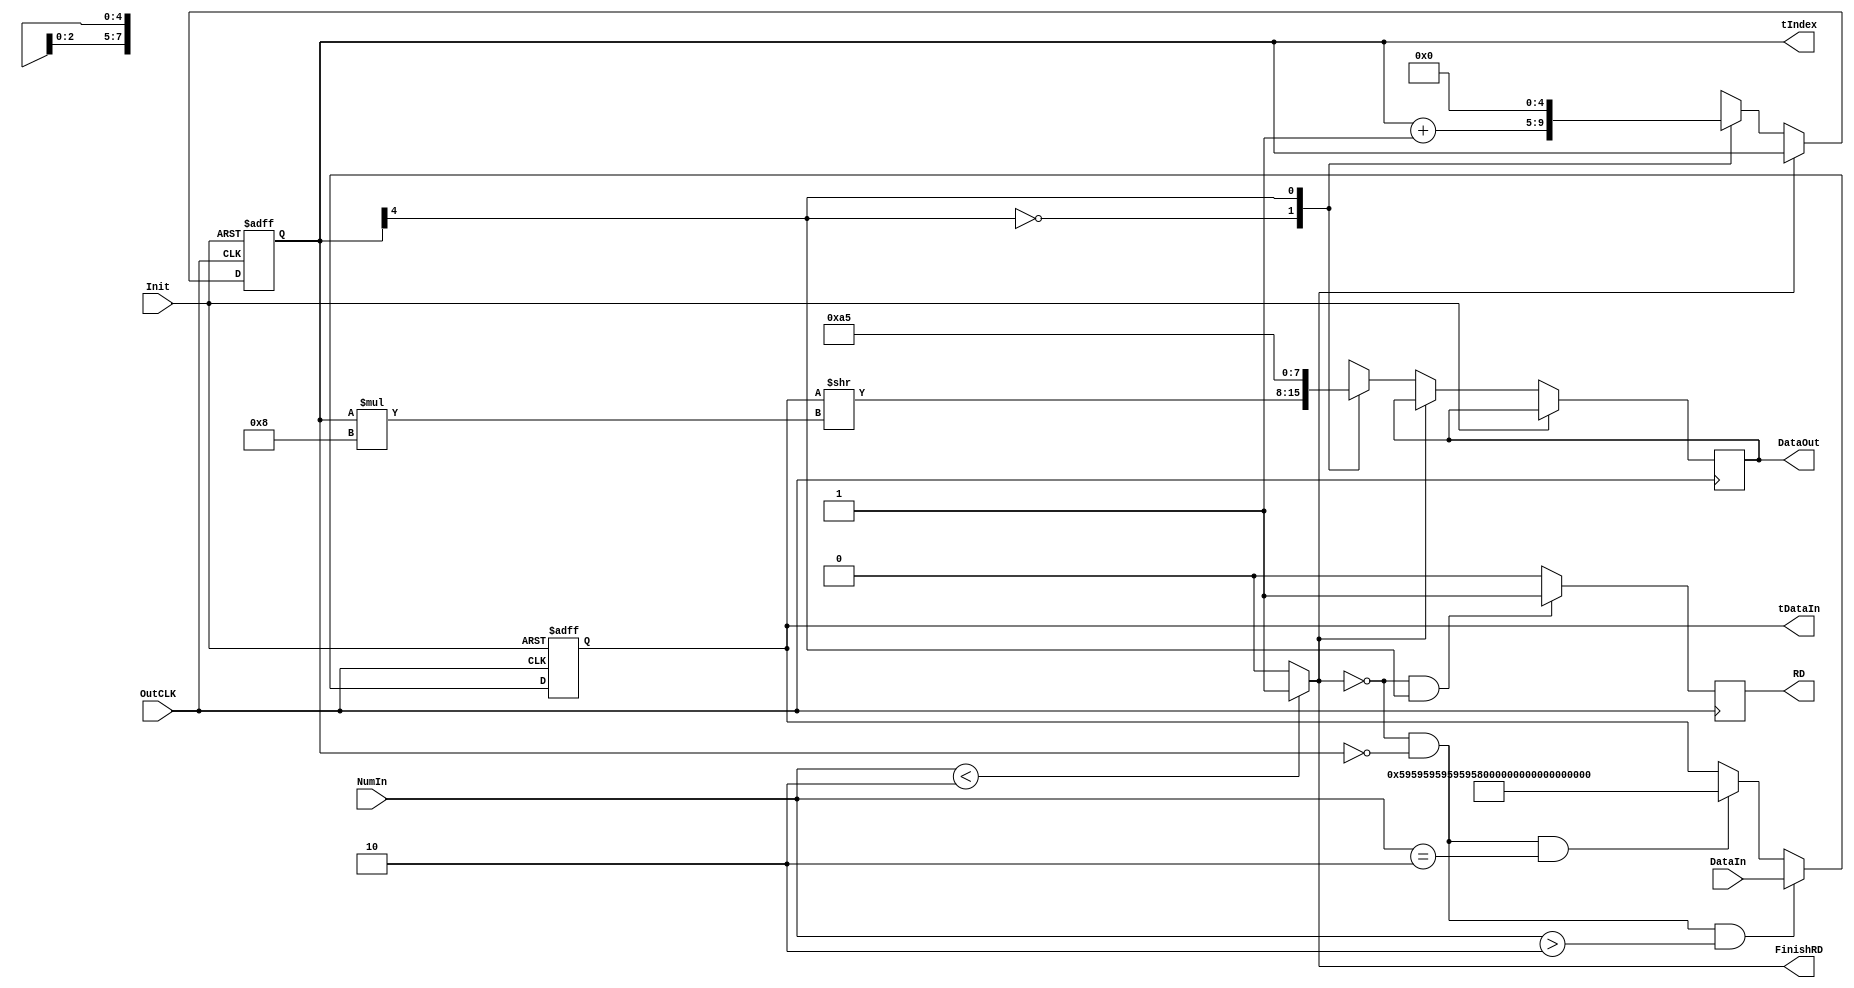
module OutputController(DataIn,NumIn,OutCLK,Init,DataOut,RD,FinishRD,tIndex,tDataIn);
	input [127:0] DataIn;
	output reg [127:0] tDataIn;
	input OutCLK;
	input Init;
	input [10:0] NumIn;
	
	output reg [7:0] DataOut;
	output reg RD;
	output reg FinishRD;

	//output reg [3:0]tIndex;
	output reg [4:0] tIndex;//Tmp:Use only one channel;;
	//from 0 to 15 means which byte is Transporting.
	
	initial begin
		tIndex=5'h1F;
	end
	
	always @(posedge OutCLK,posedge Init) begin
		if(Init) begin
			tIndex=4'h1;
			//Important:Init should be set to 1 and the posedge of OutCLK;
			//Then Negedge OutCLK and Init;
		end else if(!FinishRD)begin
			casex(tIndex)
				5'b0????:
				begin
				DataOut=tDataIn>>(tIndex*8);
				tIndex=tIndex+1;
				end
				5'b1????:
				begin
				DataOut=8'hA5;
				tIndex=0;
				end
			endcase
		end
		
	end
	
	always @(negedge OutCLK) begin
		if(!FinishRD&&tIndex[4]==1)begin
			RD=1;
		end else begin
			RD=0;//Prepare for further RD
		end
	end
	
	always @(negedge OutCLK or posedge Init) begin
		if(Init)begin
			tDataIn=128'h5B5B5B5B5B5B5B5B5B5B5B5B5B5B5B5B;
		end else begin 
			if((!FinishRD) && tIndex==0 && (NumIn>2))begin
				tDataIn=DataIn;
			end else if((!FinishRD) && tIndex==0 && (NumIn==2))begin
				tDataIn=128'h59595959595959595959595959595959;
			end
		end
	end
	
	always begin
		if(NumIn<2)begin
			FinishRD=1;
		end else begin
			FinishRD=0;
		end
	end
	
endmodule